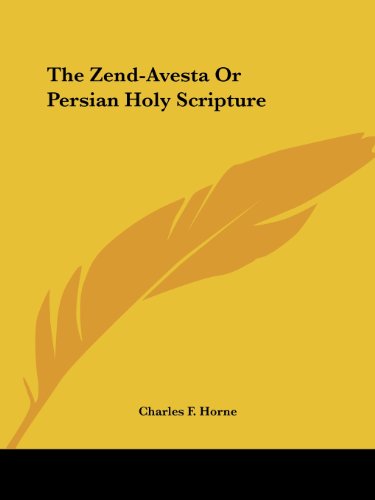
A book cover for The Zend-Avesta or Persian Holy Scripture; Religion & Spirituality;